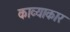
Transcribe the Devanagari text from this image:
काव्याकार